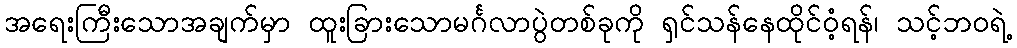
အရေးကြီးသောအချက်မှာ ထူးခြားသောမင်္ဂလာပွဲတစ်ခုကို ရှင်သန်နေထိုင်ဝံ့ရန်၊ သင့်ဘဝရဲ့